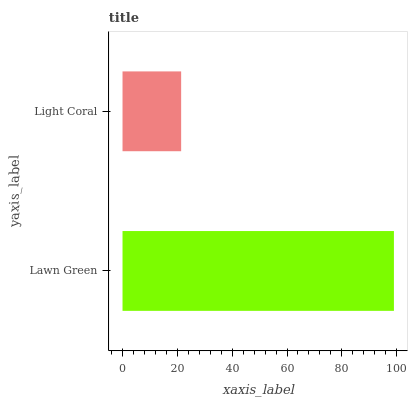
| yaxis_label | bars |
 | --- | --- |
 | Lawn Green | 99 |
 | Light Coral | 21.4 |